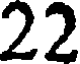
22